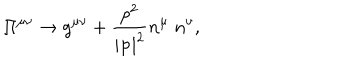
\Pi ^ { \mu \nu } \rightarrow g ^ { \mu \nu } + \frac { p ^ { 2 } } { | { \bf p } | ^ { 2 } } n ^ { \mu } \; n ^ { \nu } ,